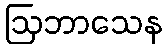
ဩဘာသေန